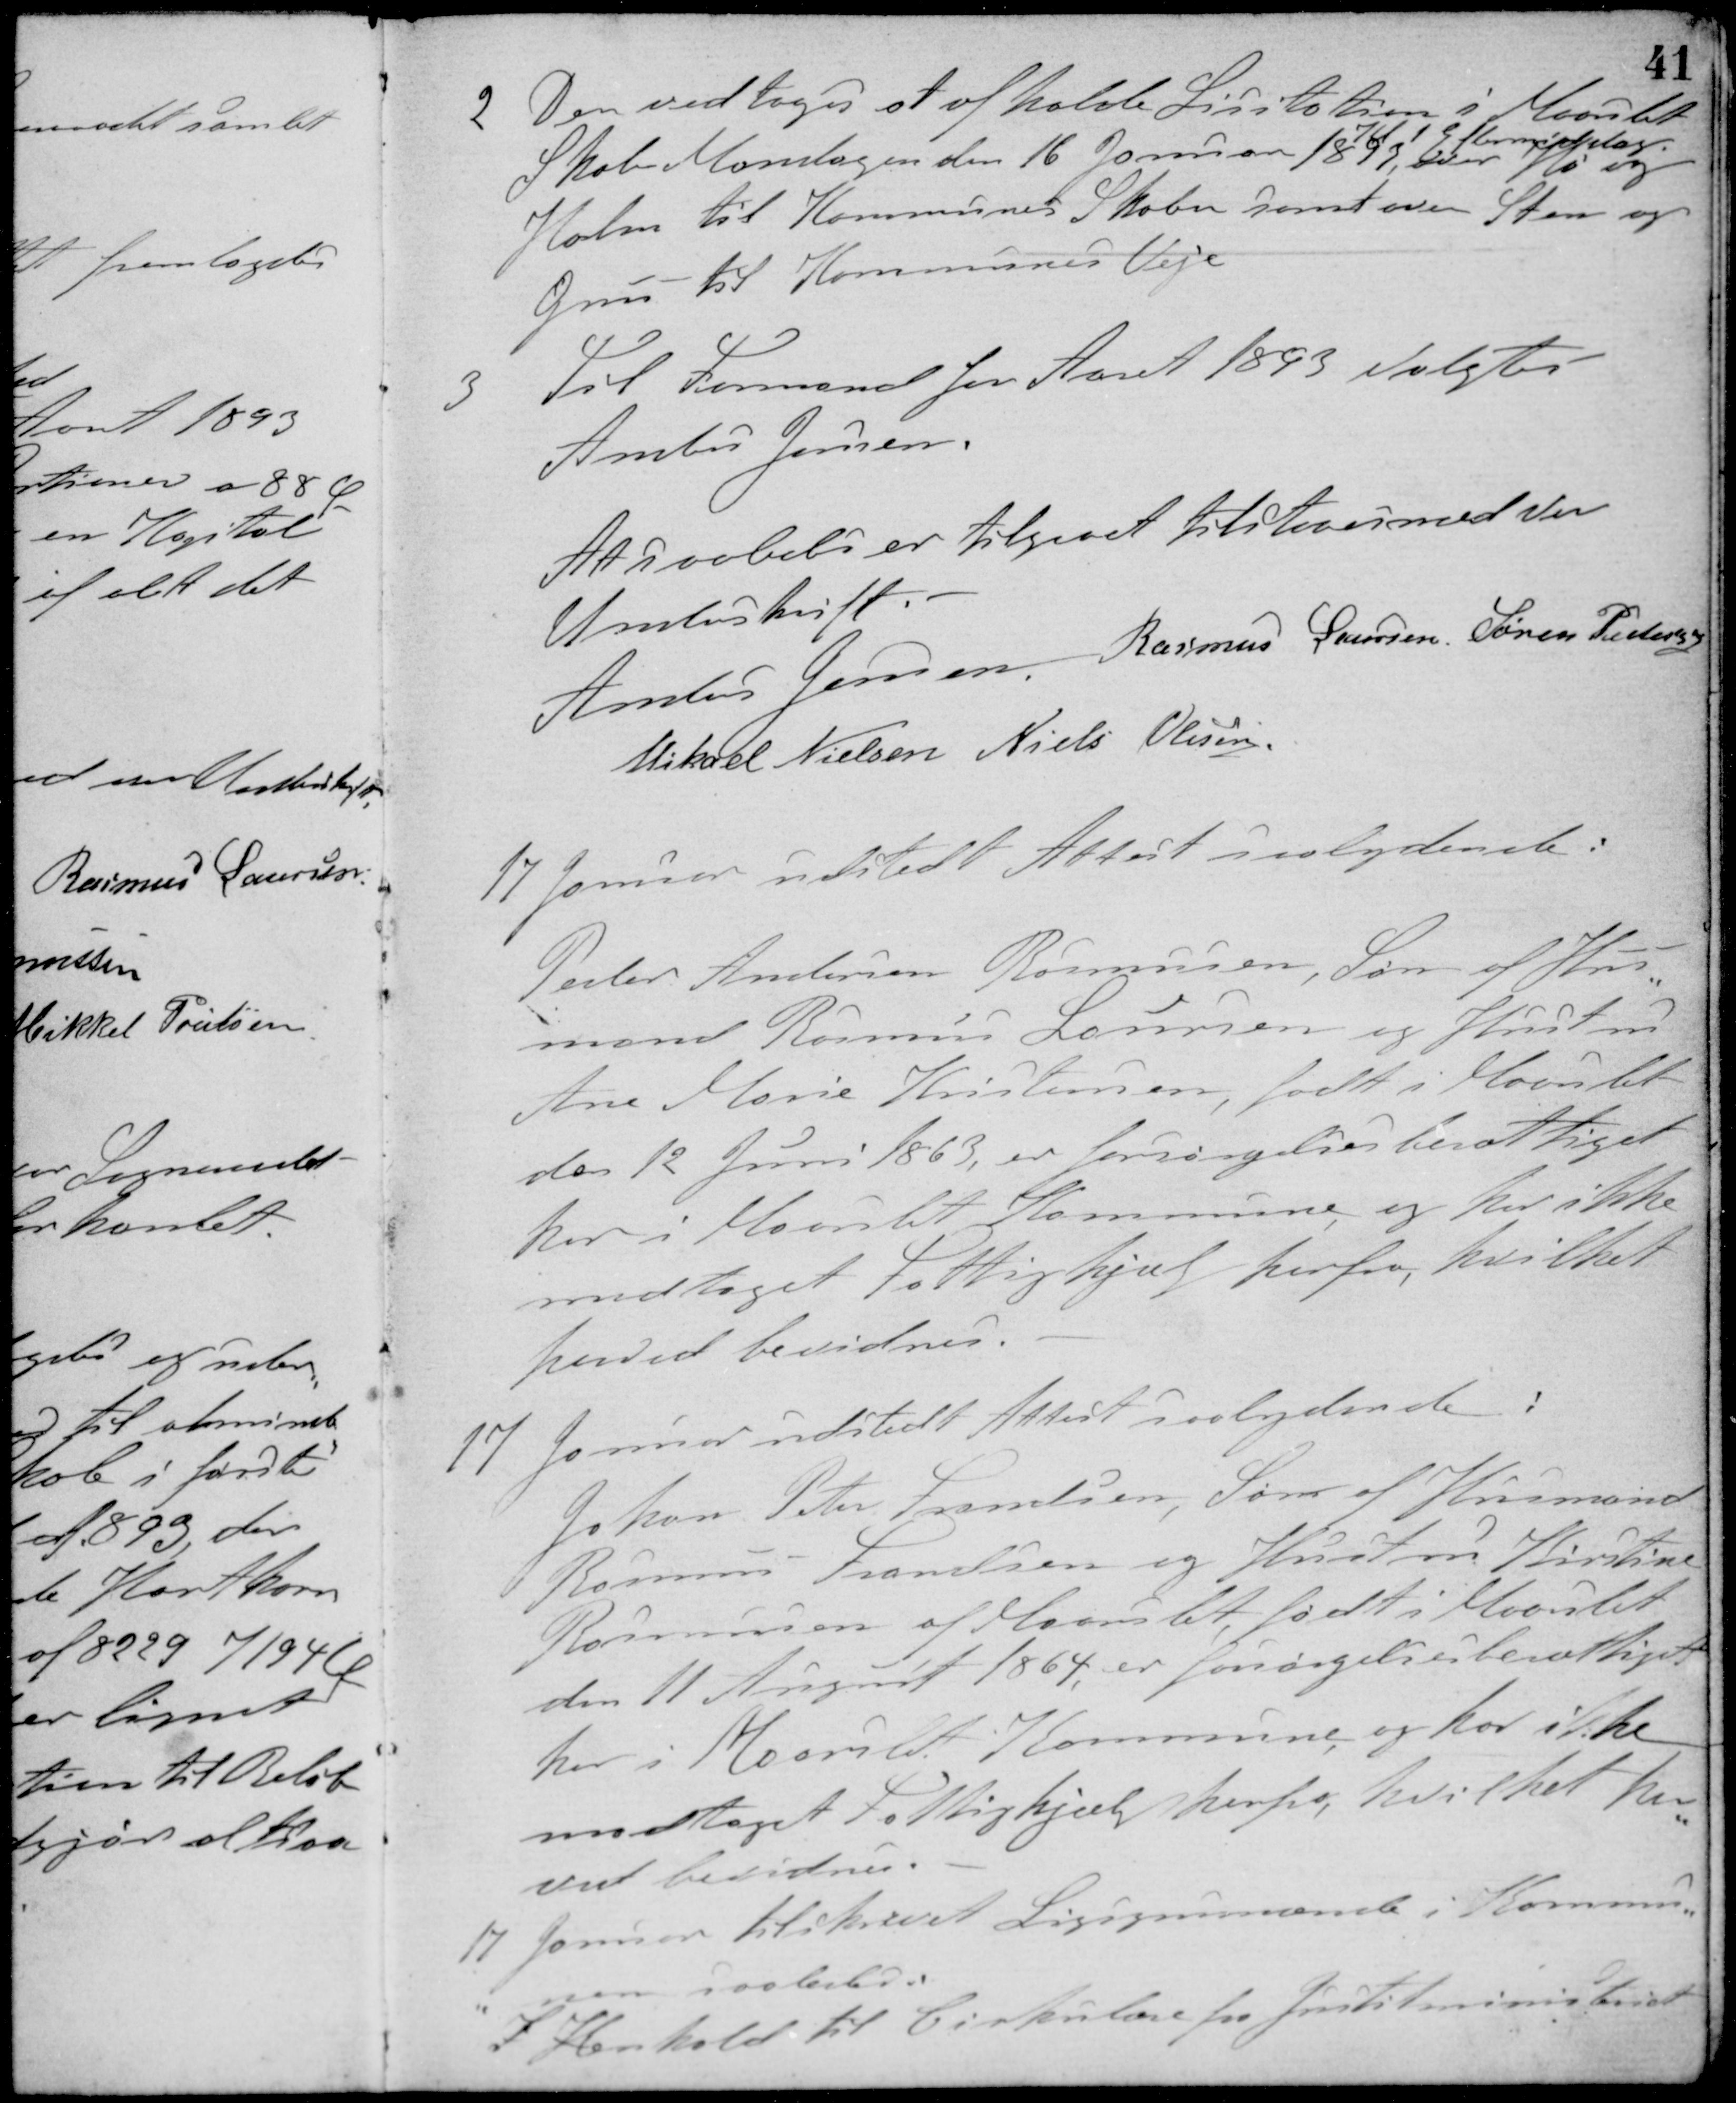
Transskription:
2 Der vedtoges at afholde Licitation i Maarslet
Skole Mandagen den 16 Januar 1893,
Kl. 1 Eftermiddag
over Hø og
Halm til Kommunens Skoler samt over Sten og
Grus til Kommunes Veje
3 Til Formand for Aaret 1893 valgtes
Anders Jensen.
At saaledes er tilgaaet tilstaaes med vor
Underskrift. -
Anders Jensen Rasmus Laursen Søren Pedersen
Mikael Nielsen Niels Olesen
17 Januar udstedt Attest saalydende:
Peder Andersen Rasmusen, Søn af Hus-
mand Rasmus Laursen og Hustru
Ane Marie Kristensen, født i Maarslet
den 12 Juni 1863 er forsørgelsesberettiget
her i Maarslet Kommune, og har ikke
modtaget Fattighjælp herfra, hvilket
herved bevidnes.
17 Januar udstedt Attest saalydende:
Johan Peter Frandsen, Søn af Husmand
Rasmus Frandsen og Hustru Kirstine
Rasmussen af Maarslet, født i Maarslet
den 11 August 1864, er forsørgelsesberettiget
her i Maarslet Kommune og har ikke
modtaget Fattighjælp herfra, hvilket her-
ved bevidnes.
17 Januar tilskrevet Ligsynsmænde i Kommu-
nen saaledes:
I Henhold til Cirkulære fra Justitsministeriet